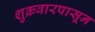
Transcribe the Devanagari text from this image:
शुक्रवारपासून